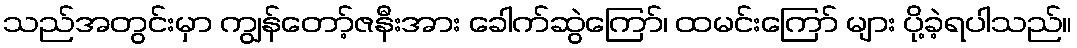
သည်အတွင်းမှာ ကျွန်တော့်ဇနီးအား ခေါက်ဆွဲကြော်၊ ထမင်းကြော် များ ပို့ခဲ့ရပါသည်။